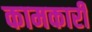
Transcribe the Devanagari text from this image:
कामकारी